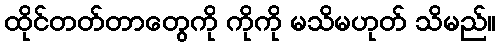
ထိုင်တတ်တာတွေကို ကိုကို မသိမဟုတ် သိမည်။